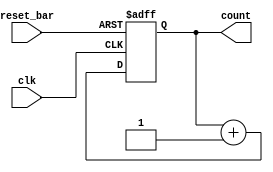
module counter2(clk, reset_bar, count); 
    input clk;												// 
    input reset_bar;
    output reg [1:0] count;											

	 always@(posedge clk,negedge reset_bar)	
		if (~reset_bar)	
			count <= 0;
		else
			count <= count + 1;					
endmodule